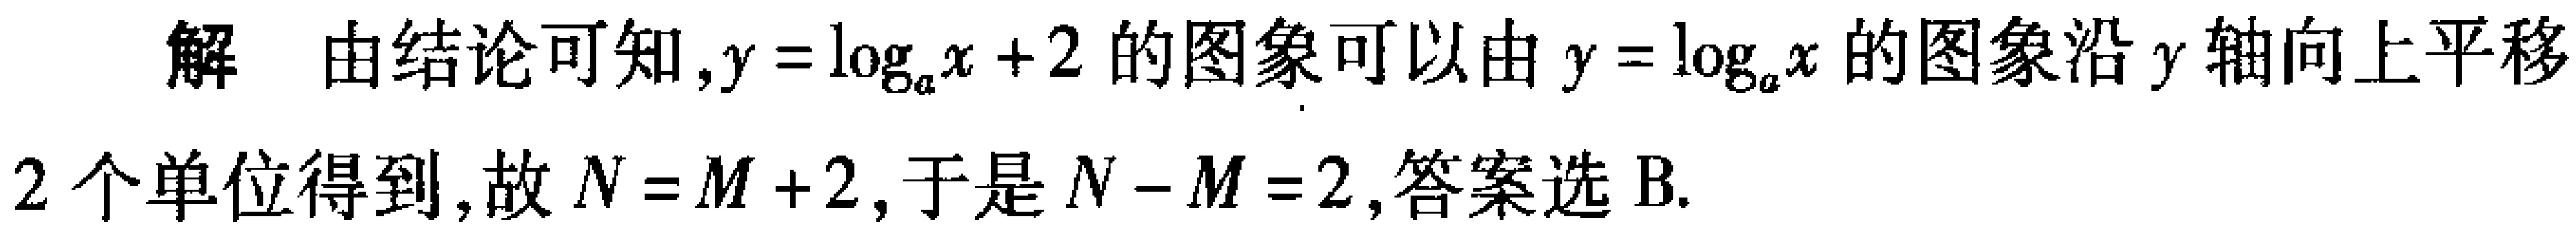
解 由结论可知,$y = \log_{a}x + 2$的图象可以由$y = \log_{a}x$的图象沿$y$轴向上平移

2 个单位得到,故$N = M + 2$,于是$N - M = 2$,答案选 B.